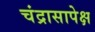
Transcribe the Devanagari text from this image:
चंद्रासापेक्ष